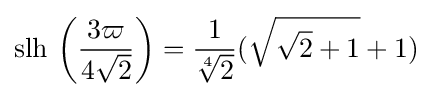
\operatorname {slh} \,\left({\frac {3\varpi }{4{\sqrt {2}}}}\right)={\frac {1}{\sqrt[{4}]{2}}}({\sqrt {{\sqrt {2}}+1}}+1)